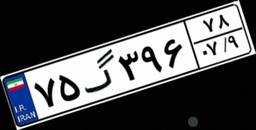
۳۱گ۶۸۶۱۴